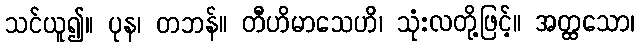
သင်ယူ၍။ ပုန၊ တဘန်။ တီဟိမာသေဟိ၊ သုံးလတို့ဖြင့်။ အတ္ထသော၊